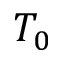
T _ { 0 }